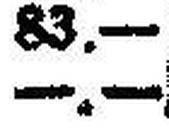
—.—